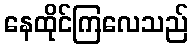
နေထိုင်ကြလေသည်